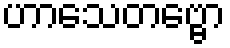
ဟာသေတဗ္ဗော